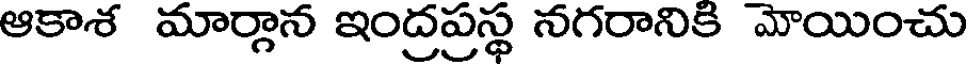
ఆకాశ మార్గాన ఇంద్రప్రస్థ నగరానికి మోయించు